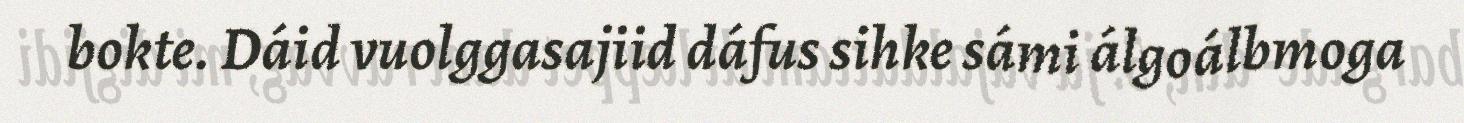
bokte. Dáid vuolggasajiid dáfus sihke sámi álgoálbmoga